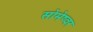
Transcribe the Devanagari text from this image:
सोमेष्वर